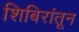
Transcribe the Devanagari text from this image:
शिबिरांतून